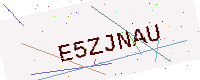
Text: E5ZJNAU